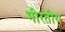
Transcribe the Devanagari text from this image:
भीरतीय